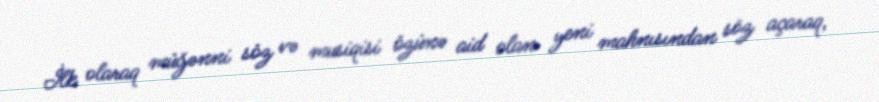
İlk olaraq müğənni söz və musiqisi özünə aid olan yeni mahnısından söz açaraq,